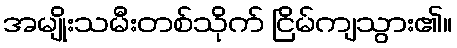
အမျိုးသမီးတစ်သိုက် ငြိမ်ကျသွား၏။